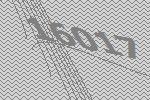
16017